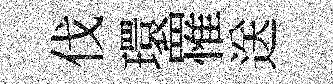
伐環罹送